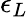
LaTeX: \epsilon_{L}